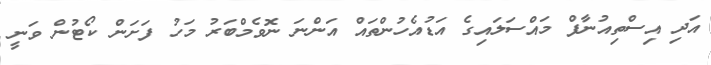
އަދި އިސްތިއުނާފް މައްސަލައިގެ އަޑުއެހުންތައް އަންނަ ނޮވެމްބަރު މަހު ފަށަން ކޯޓުން ވަނީ